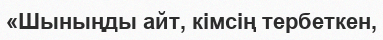
«Шыныңды айт, кімсің тербеткен,